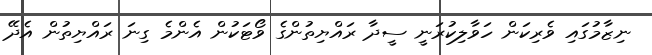
ނިޒާމުގައި ވެރިކަން ހަވާލިކުރަނީ ސީދާ ރައްޔިތުންގެ ވޯޓަކުން އެންމެ ގިނަ ރައްޔިތުން އެދޭ